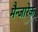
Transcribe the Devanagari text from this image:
मैन्जारेक